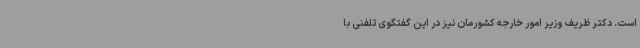
است. دکتر ظریف وزیر امور خارجه کشورمان نیز در این گفتگوی تلفنی با